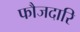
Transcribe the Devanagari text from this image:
फौजदारि